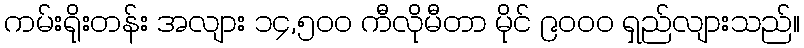
ကမ်းရိုးတန်း အလျား ၁၄,၅၀၀ ကီလိုမီတာ မိုင် ၉၀၀၀ ရှည်လျားသည်။